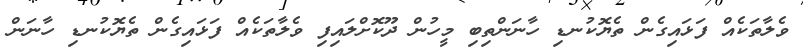
ވެލާތަކެއް ފަޅައިގެން ތެޔޮކުނޑި ހާނަންތިބި މީހުން ދޫކޮށްލައިފި ވެލާތަކެއް ފަޅައިގެން ތެޔޮކުނޑި ހާނަން